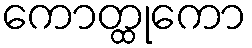
ကောတ္ထုကော